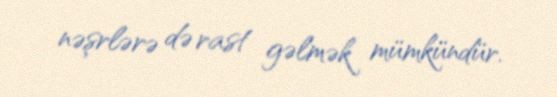
nəşrlərə də rast gəlmək mümkündür.